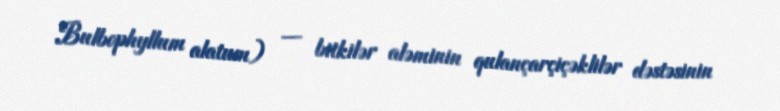
Bulbophyllum alatum) — bitkilər aləminin qulançarçiçəklilər dəstəsinin